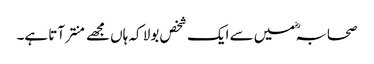
صحابہؓ میں سے ایک شخص بولا کہ ہاں مجھے منتر آتا ہے۔